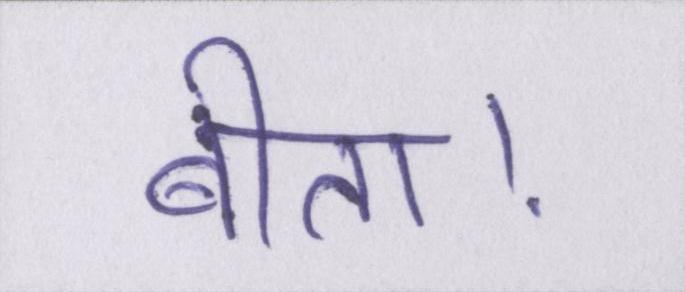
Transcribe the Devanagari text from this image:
बीता।